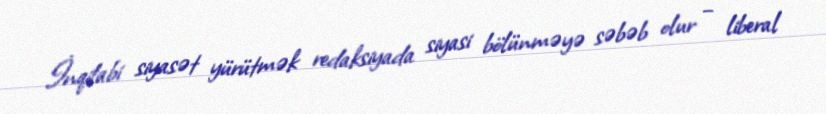
İnqilabi siyasət yürütmək redaksiyada siyasi bölünməyə səbəb olur – liberal